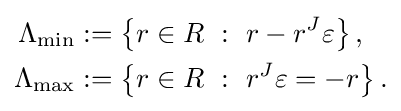
{\begin{aligned}\Lambda _{\text{min}}&:=\left\{r\in R\ :\ r-r^{J}\varepsilon \right\},\\\Lambda _{\text{max}}&:=\left\{r\in R\ :\ r^{J}\varepsilon =-r\right\}.\end{aligned}}